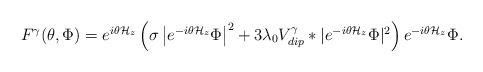
LaTeX: \begin{align*}\begin{array}{lll} F^\gamma(\theta,\Phi)=e^{i\theta\mathcal{H}_z}\left(\sigma\left|e^{-i\theta\mathcal{H}_z}\Phi\right|^2+3\lambda_0V_{dip}^{\gamma}*|e^{-i\theta\mathcal{H}_z}\Phi|^2\right)e^{-i\theta\mathcal{H}_z}\Phi.\end{array}\end{align*}